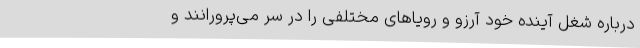
درباره شغل آینده خود آرزو و رویاهای مختلفی را در سر می‌پرورانند و